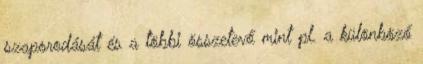
szaporodását és a többi összetevő mint pl. a különböző